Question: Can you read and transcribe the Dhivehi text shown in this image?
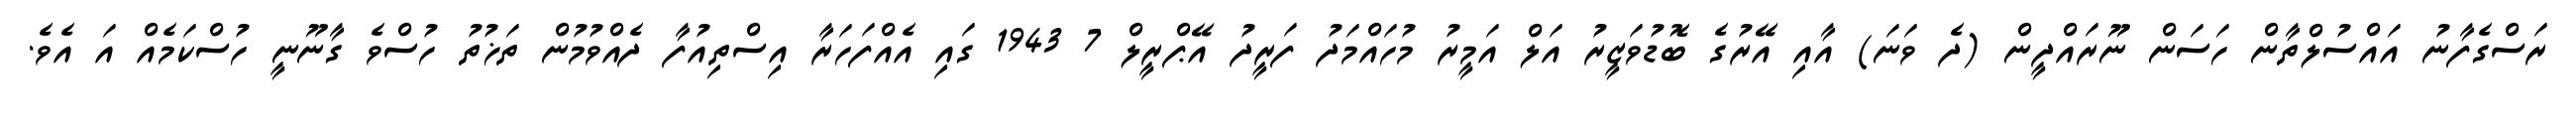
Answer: ރަސްގެފާނު އައްސުލްތާން ހަސަން ނޫރައްދީން (ދެ ވަނަ) އާއި އޭރުގެ ބޮޑުވަޒީރު އަލް އަމީރު މުހައްމަދު ފަރީދު އޭޕްރީލް 7 1943 ގައި އެއްފަހަރާ އިސްތިއުފާ ދެއްވުމުން ތަޚުތު ހުސްވެ ގާނޫނީ ހުސްކަމެއް އަ އެވެ.